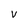
Character: V